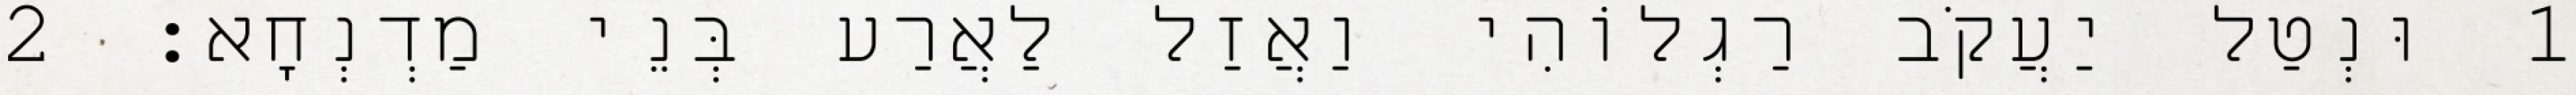
1 וּנְטַל יַעֲקֹב רַגְלוֹהִי וַאֲזַל לַאֲרַע בְּנֵי מַדְנְחָא׃ 2